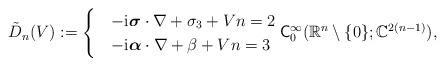
LaTeX: \begin{align*} \tilde{D}_n(V):=\begin{cases}&-\mathrm{i}\boldsymbol{\sigma}\cdot \nabla + \sigma_3 + Vn=2 \\ &-\mathrm{i}\boldsymbol{\alpha}\cdot \nabla + \beta + V n=3 \end{cases} \mathsf{C}_{0}^{\infty}(\mathbb{R}^n\setminus\{0\};\mathbb{C}^{2(n-1)}),\end{align*}